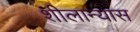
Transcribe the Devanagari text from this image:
शीलान्यास